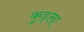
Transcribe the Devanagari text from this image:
कुड्ला